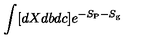
\int [ d X d b d c ] e ^ { - S _ { \mathrm { P } } - S _ { \mathrm { g } } }